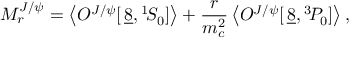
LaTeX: M _ { r } ^ { J / \psi } = \left\langle { \cal O } ^ { J / \psi } [ \, \underline { { { 8 } } } , { } ^ { 1 } \! S _ { 0 } ] \right\rangle + \frac { r } { m _ { c } ^ { 2 } } \left\langle { \cal O } ^ { J / \psi } [ \, \underline { { { 8 } } } , { } ^ { 3 } \! P _ { 0 } ] \right\rangle ,